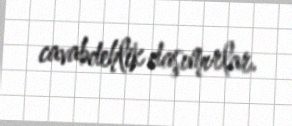
cavabdehlik daşımırlar.